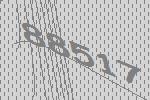
88517